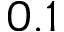
0 . 1